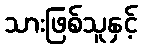
သားဖြစ်သူနှင့်